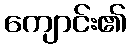
ကျောင်း၏